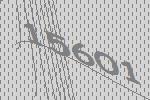
15601